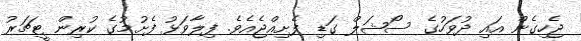
ޖެހިގެން އައި ދުވަހުގެ ސޯޝަލް ގަޑި ފެށިއްޖެއެވެ. ފިލާވަޅު ފެށުމުގެ ކުރިން ޓީޗަރު